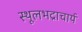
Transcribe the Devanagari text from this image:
स्थूलभद्राचार्य